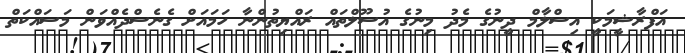
އަފްރާޝީމަކީ އިސްލާމް ދީނުގެ މެދު މިނުގެ އުސޫލްތައް ރައްޔިތުންނާ ހަމައަށް ގެނެސްދެއްވަން މަސައްކަތް